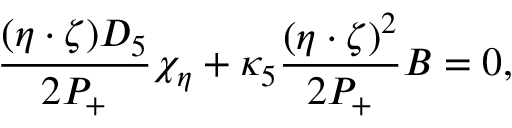
\frac { ( \eta \cdot \zeta ) D _ { 5 } } { 2 P _ { + } } \chi _ { \eta } + \kappa _ { 5 } \frac { ( \eta \cdot \zeta ) ^ { 2 } } { 2 P _ { + } } B = 0 ,